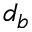
d _ { b }